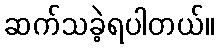
ဆက်သခဲ့ရပါတယ်။